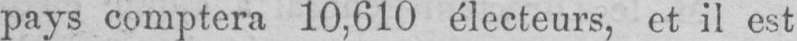
pays comptera 10,610 électeurs, et il est